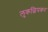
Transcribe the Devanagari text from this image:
लुकछिपकर